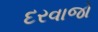
દરવાજો